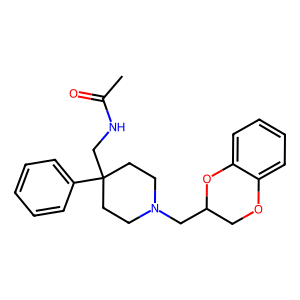
SMILES: CC(=O)NCC1(c2ccccc2)CCN(CC2COc3ccccc3O2)CC1
Inhibits HIV replication: No